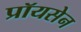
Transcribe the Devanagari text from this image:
प्रॉयसेन